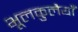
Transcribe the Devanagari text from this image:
भूलकुलैयाँ